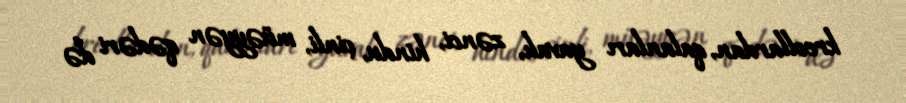
kreollardan, qalanları yavalı, zənci, hindu, çinli, müəyyən qədəri də